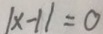
\vert x - 1 \vert = 0